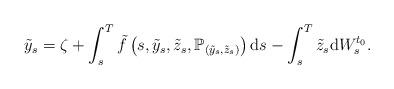
LaTeX: \begin{align*}\tilde{y}_{s}=\zeta +\int_{s}^{T}\tilde{f}\left( s,\tilde{y}_{s},\tilde{z}_{s},\mathbb{P}_{\left( \tilde{y}_{s},\tilde{z}_{s}\right) }\right) \mathrm{d}s-\int_{s}^{T}\tilde{z}_{s}\mathrm{d}W_{s}^{t_{0}}. \end{align*}